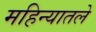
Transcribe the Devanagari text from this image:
महिन्यातले